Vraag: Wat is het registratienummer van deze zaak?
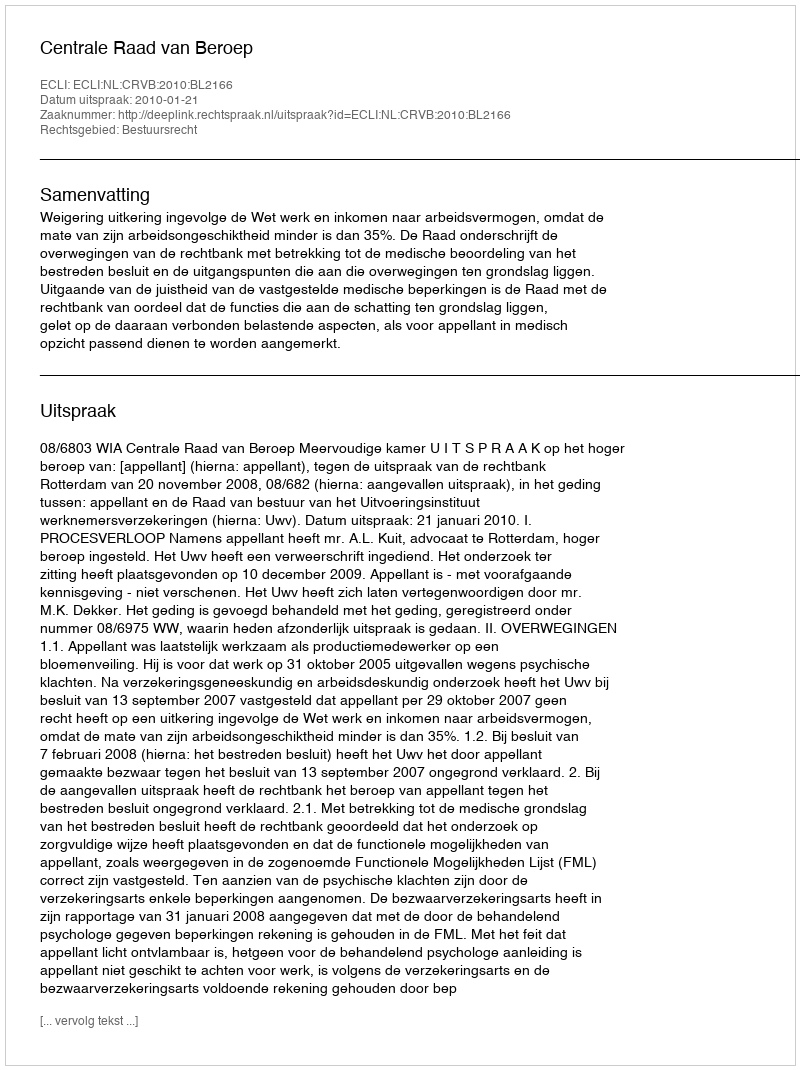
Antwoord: http://deeplink.rechtspraak.nl/uitspraak?id=ECLI:NL:CRVB:2010:BL2166